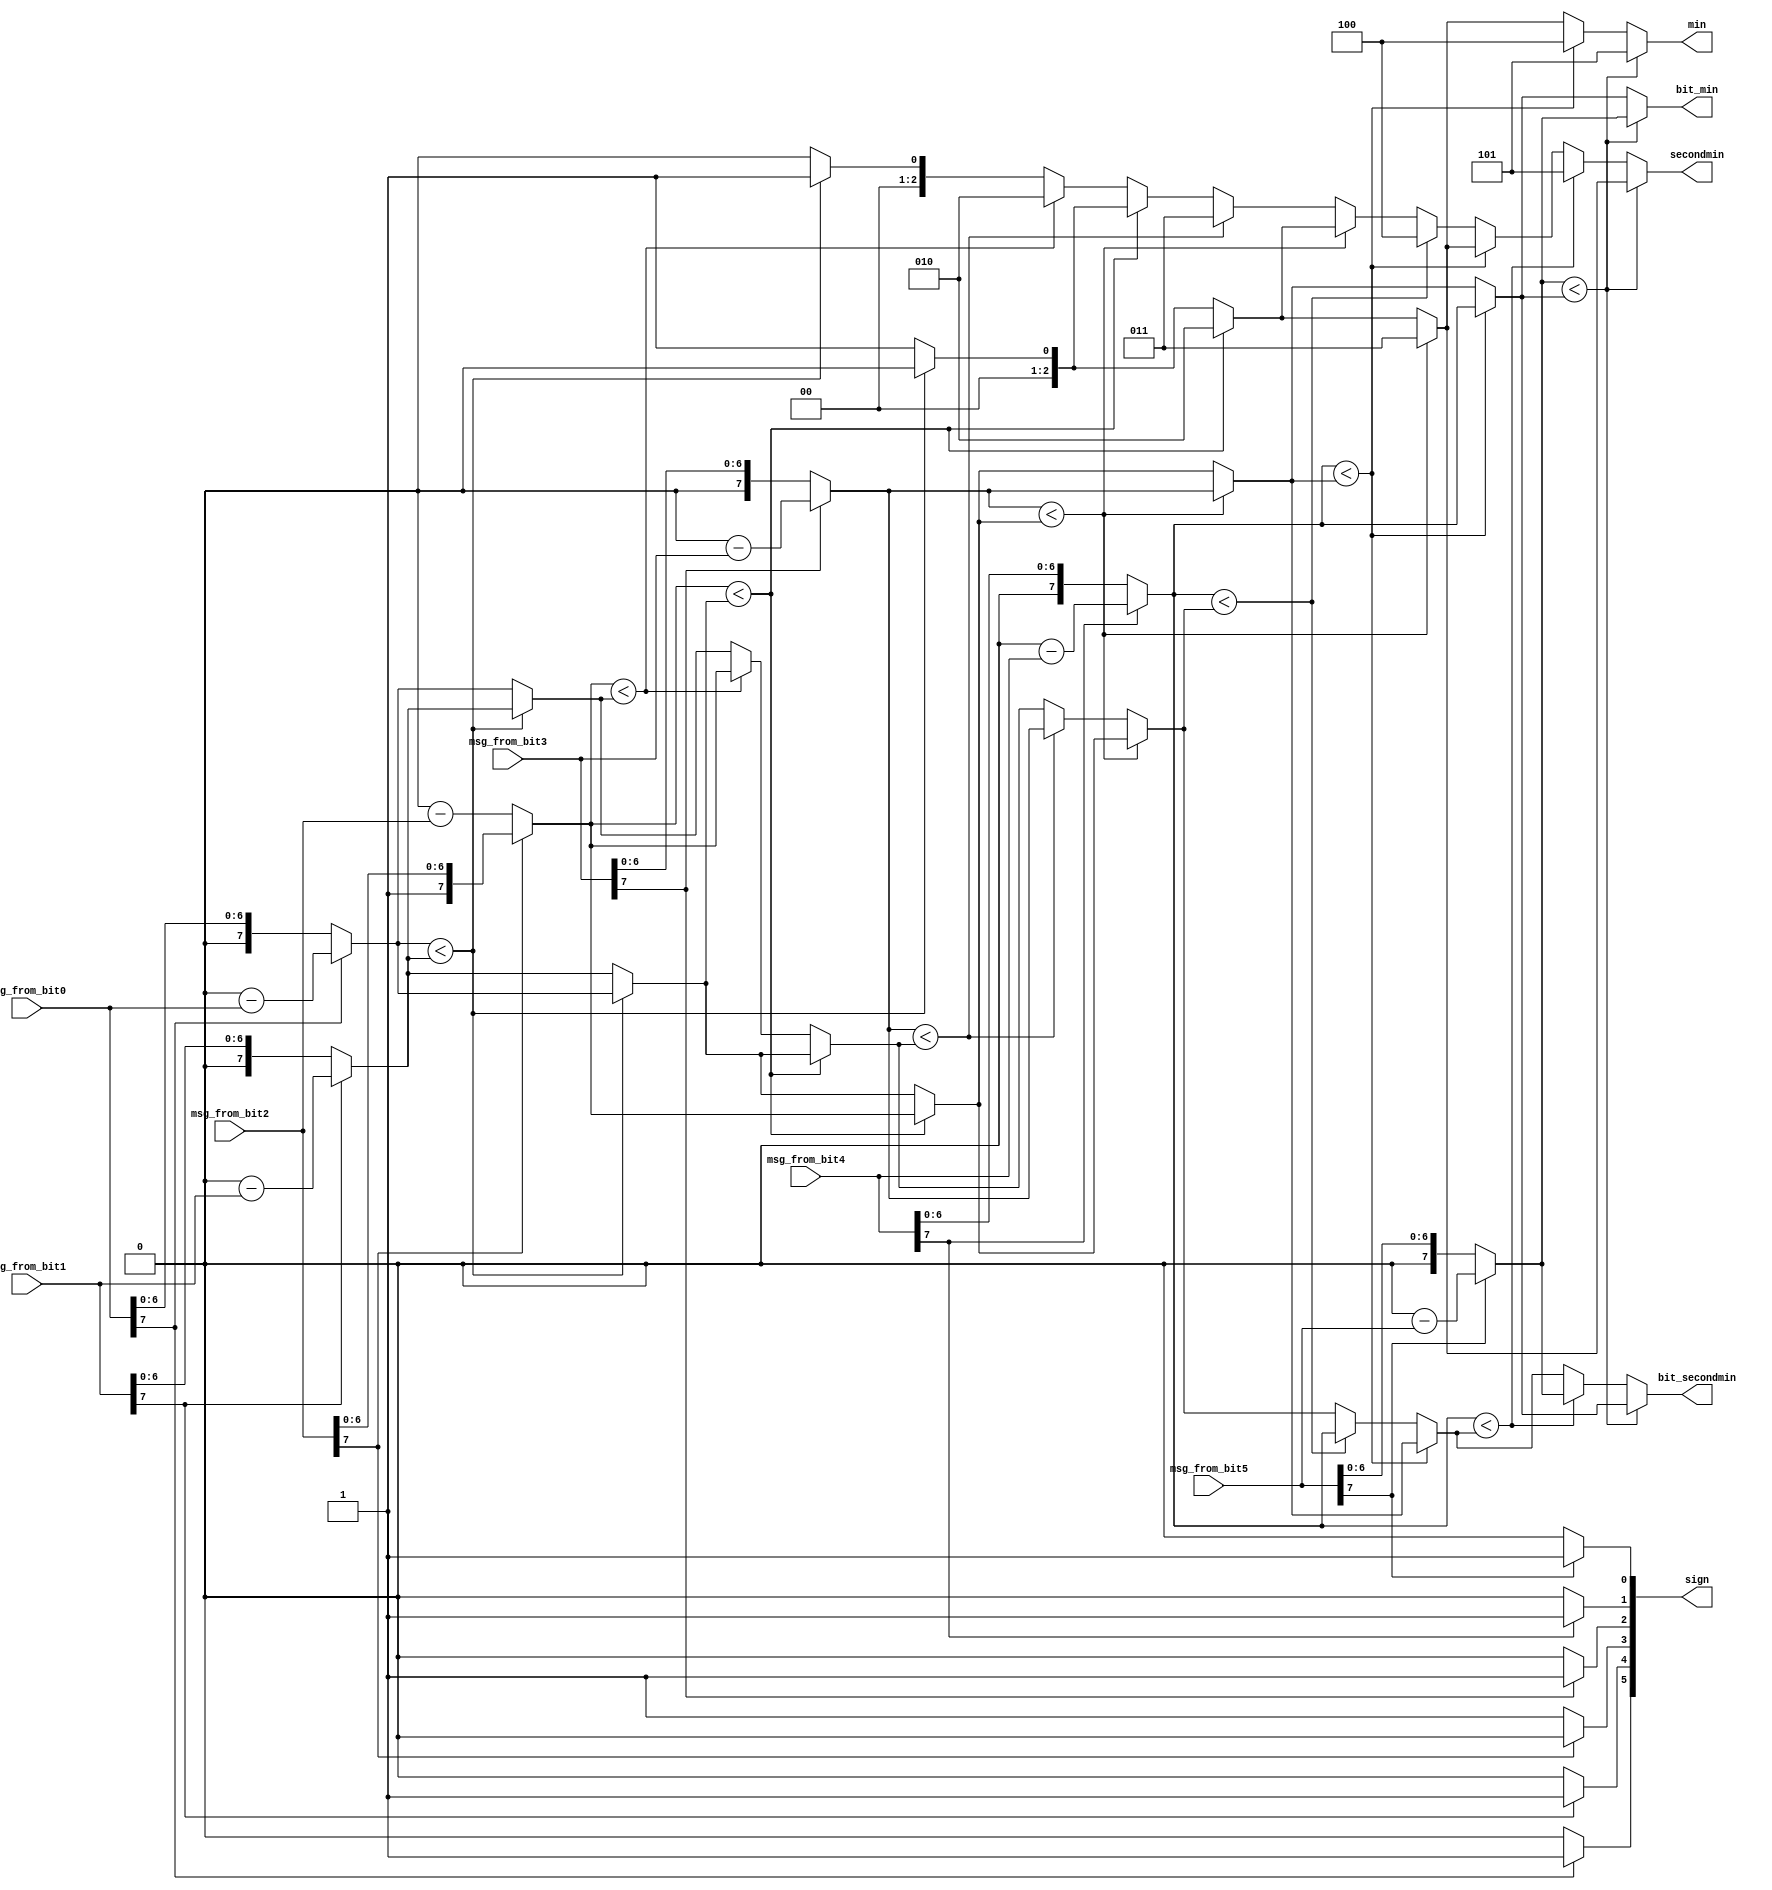
module abs(msg_from_bit0, msg_from_bit1, msg_from_bit2, msg_from_bit3, msg_from_bit4, msg_from_bit5, min, bit_min, secondmin, bit_secondmin, sign);

input 				[7:0]msg_from_bit0;
input 				[7:0]msg_from_bit1;
input 				[7:0]msg_from_bit2;
input 				[7:0]msg_from_bit3;
input 				[7:0]msg_from_bit4;
input 				[7:0]msg_from_bit5;
//wire 				sign[0:4];
output reg			[2:0]min;
output reg			[7:0]bit_min;
output reg			[2:0]secondmin;
output reg			[7:0]bit_secondmin;
output reg			[0:5]sign;
integer 			i,j;

reg 				[7:0]msg_from_bit_reg_array[0:5];

reg 				[7:0] a,b,c,d,sa,sb,sc,sd;
reg 				[2:0] min1, min2, min3, min4, smin1, smin2, smin3, smin4;


always @(msg_from_bit0 or msg_from_bit1 or msg_from_bit2 or msg_from_bit3 or msg_from_bit4 or msg_from_bit5)
begin

	msg_from_bit_reg_array[0] = msg_from_bit0;
	msg_from_bit_reg_array[1] = msg_from_bit1;
	msg_from_bit_reg_array[2] = msg_from_bit2;
	msg_from_bit_reg_array[3] = msg_from_bit3;
	msg_from_bit_reg_array[4] = msg_from_bit4;
	msg_from_bit_reg_array[5] = msg_from_bit5;

//get absolute values of all bit msgs and store respective sign bits
	if (msg_from_bit_reg_array[0][7] == 1) // last bit is 1 meaning negative value
	begin
		sign[0] = 1; //negative
		msg_from_bit_reg_array[0] = 9'b100000000 - msg_from_bit_reg_array[0]; // taking absolute by converting from 2s complement mode
	end
	else 
	begin
		sign[0] = 0; //positive
		msg_from_bit_reg_array[0] = msg_from_bit_reg_array[0]; // keeping the same value
	end

	if (msg_from_bit_reg_array[1][7] == 1) //  is negative)
	begin
		sign[1] = 1;
		msg_from_bit_reg_array[1] = 9'b100000000 - msg_from_bit_reg_array[1];
	end
	else 
	begin
		sign[1] = 0;
		msg_from_bit_reg_array[1] = msg_from_bit_reg_array[1];
	end

	if (msg_from_bit_reg_array[2][7] == 0) // is negative)
	begin
		sign[2] = 1;
		msg_from_bit_reg_array[2] = 9'b100000000 - msg_from_bit_reg_array[2];
	end
	else 
	begin
		sign[2] = 0;
		msg_from_bit_reg_array[2] = msg_from_bit_reg_array[2];
	end

	if (msg_from_bit_reg_array[3][7] == 1) // is negative)
	begin
		sign[3] = 1;
		msg_from_bit_reg_array[3] = 9'b100000000 - msg_from_bit_reg_array[3];
	end
	else 
	begin
		sign[3] = 0;
		msg_from_bit_reg_array[3] = msg_from_bit_reg_array[3];
	end

	if (msg_from_bit_reg_array[4][7] == 1) // is negative)
	begin
		sign[4] = 1;
		msg_from_bit_reg_array[4] = 9'b100000000 - msg_from_bit_reg_array[4];
	end
	else 
	begin
		sign[4] = 0;
		msg_from_bit_reg_array[4] = msg_from_bit_reg_array[4];
	end

	if (msg_from_bit_reg_array[5][7] == 1) // is negative)
	begin
		sign[5] = 1;
		msg_from_bit_reg_array[5] = 9'b100000000 - msg_from_bit_reg_array[5];
	end
	else 
	begin
		sign[5] = 0;
		msg_from_bit_reg_array[5] = msg_from_bit_reg_array[5];
	end

//finding min and second min value
	if(msg_from_bit_reg_array[0] < msg_from_bit_reg_array[1])
	begin
		a = msg_from_bit_reg_array[0];
		min1 = 3'd0;
		sa = msg_from_bit_reg_array[1];
		smin1 = 3'd1;

	end
	else 
	begin
		a = msg_from_bit_reg_array[1];
		min1 = 3'd1;
		sa = msg_from_bit_reg_array[0];	
		smin1 = 3'd0;
	end

	if(msg_from_bit_reg_array[2] < a)
	begin
		b = msg_from_bit_reg_array[2];
		min2 = 3'd2;
		sb = a;
		smin2 = min1;
	end
	else 
	begin
		b = a;
		min2 = min1;
		if(msg_from_bit_reg_array[2] < sa)
		begin
			sb = msg_from_bit_reg_array[2];
			smin2 = 3'd2;
		end
		else 
		begin
			sb = sa;
			smin2 = smin1;	
		end

	end

	if(msg_from_bit_reg_array[3] < b)
	begin
			c = msg_from_bit_reg_array[3];
			min3 = 3'd3;
			sc = b;
			smin3 = min2;
	end
	else 
	begin
		c = b;
		min3 = min2;
		if(msg_from_bit_reg_array[3] < sb)
		begin
			sc = msg_from_bit_reg_array[3];
			smin3 = 3'd3;
		end
		else 
		begin
			sc = sb;
			smin3 = smin2;
		end
	end

	if(msg_from_bit_reg_array[4] < c)
	begin
	 	d = msg_from_bit_reg_array[4];
	 	min4 = 3'd4;
	 	sd = c;
	 	smin4 = min3;
	end
	else 
	begin
		d = c;
		min4 = min3;
		if(msg_from_bit_reg_array[4] < sc)
		begin
		 	sd = msg_from_bit_reg_array[4];
		 	smin4 = 3'd4;
		end 
		else 
		begin
				sd = sc;
				smin4 = smin3;
		end	
	end 

	if(msg_from_bit_reg_array[5] < d)
	begin
	 	bit_min = msg_from_bit_reg_array[5];
	 	min = 3'd5;
	 	bit_secondmin = d;
	 	secondmin = min3;
	end
	else 
	begin
		bit_min = d;
		min = min4;
		if(msg_from_bit_reg_array[4] < sd)
		begin
		 	bit_secondmin = msg_from_bit_reg_array[5];
		 	secondmin = 3'd5;
		end 
		else 
		begin
			bit_secondmin = sd;
			secondmin = smin4;	
		end	
	end 
/*
//finding min value
	if(msg_from_bit_reg_array[0] < msg_from_bit_reg_array[1])
	begin
		a = msg_from_bit_reg_array[0];
		min1 = 3'd0;
	end
	else 
	begin
		a = msg_from_bit_reg_array[1];
		min1 = 3'd1;
	end

	if(msg_from_bit_reg_array[2] < msg_from_bit_reg_array[3])
	begin
		b = msg_from_bit_reg_array[2];
		min2 = 3'd2;
	end
	else 
	begin
		b = msg_from_bit_reg_array[3];
		min2 = 3'd3;
	end

	if(a < b)
	begin
		c = a;
		min3 = min1;
	end
	else 
	begin
		c = b;
		min3 = min2;
	end

	if(c < msg_from_bit_reg_array[4])
	begin
		bit_min = c;
		min = min3;
		smin = 3'd4;
	end
	else 
	begin
		bit_min = msg_from_bit_reg_array[4];
		min = 3'd4;	
		smin = min3;
	end

	if(smin < )

*/


//get min values amongst all the bit node msgs
/*	min = i;
	bit_min = msg_from_bit_reg_array[i];

	for (i=1 ; i < 5; i=i+1)
	begin
		if(msg_from_bit_reg_array[i] < bit_min)
		begin
			min = i;
			bit_min = msg_from_bit_reg_array[i];
		end
		else 
		begin
			min = min;
			bit_min = bit_min;
		end
	end



//get second min value amongst all ther remaining bit node msgs
	if(min == 0)
	begin
		secondmin = 1;
		bit_secondmin = msg_from_bit_reg_array[1];
	end
	else
	begin
		secondmin = 0;
		bit_secondmin = msg_from_bit_reg_array[0];
	end

	for (j=0 ; j < 5 ; j=j+1)
	begin
		if(j == min)
		begin
			j = j+1;
		end
		/*else
		begin
			if(msg_from_bit_reg_array[j] < bit_secondmin)
			begin
				secondmin = j;
				bit_secondmin = msg_from_bit_reg_array[j];
			end
			else 
			begin
				secondmin = secondmin;
				bit_secondmin = bit_secondmin;
			end
		end
	end*/

end
endmodule